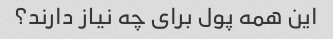
این همه پول برای چه نیاز دارند؟